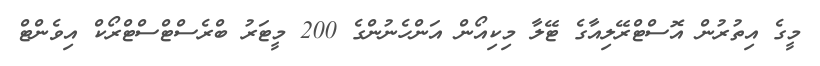
މީގެ އިތުރުން އޮސްޓްރޭލިއާގެ ޓޭލާ މިކިއޯން އަންހެނުންގެ 200 މީޓަރު ބްރެސްޓްސްޓްރޯކް އިވެންޓް